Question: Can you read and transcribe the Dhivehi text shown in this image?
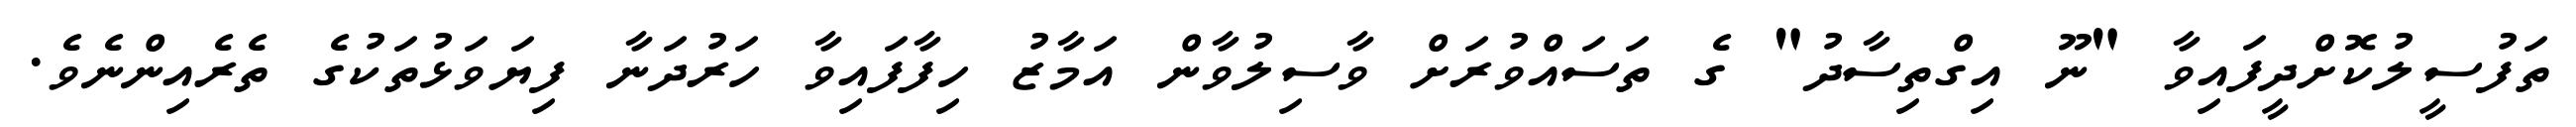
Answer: ތަފުސީލުކޮށްދީފައިވާ "ނޫ އިގްތިސާދު" ގެ ތަސައްވުރަށް ވާސިލުވާން އަމާޒު ހިފާފައިވާ ހަރުދަނާ ފިޔަވަޅުތަކުގެ ތެރެއިންނެވެ.